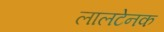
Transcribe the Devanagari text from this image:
लालटेनक